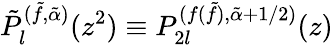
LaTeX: \tilde{P}_{l}^{(\tilde{f},\tilde{\alpha})}(z^{2})\equiv P_{2l}^{(f(\tilde{f}),\tilde{\alpha}+1/2)}(z)